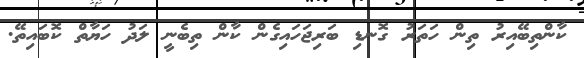
ކާންތިބޭއިރު ތިން ހަތަރު ގޮނޑި ބަރިޖަހައިގެން ކާން ތިބެނީ ލަދު ހަޔާތް ކޮބައިތޭ.